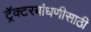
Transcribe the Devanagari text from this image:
ट्रॅक्टरबांधणीसाठी